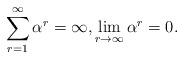
LaTeX: \begin{align*}\sum_{r=1}^{\infty}\alpha^r=\infty, \lim_{r\to\infty}\alpha^r=0. \end{align*}